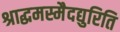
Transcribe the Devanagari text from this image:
श्राद्धमस्मैदद्युरिति